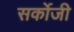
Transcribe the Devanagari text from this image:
सर्कोजी